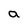
Character: a